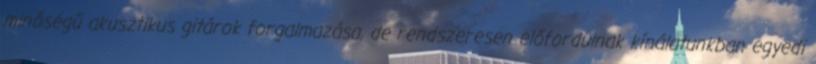
minőségű akusztikus gitárok forgalmazása, de rendszeresen előfordulnak kínálatunkban egyedi